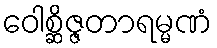
ဝေါစ္ဆိဇ္ဇတာရမ္မဏံ